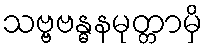
သဗ္ဗဗန္ဓနမုတ္တာမှိ